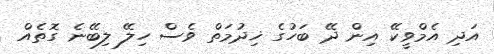
އަދި އެމްވީކޭ އިން ދޭ ބަހުގެ ޚިދުމަތް ވެސް ހިލޭ ލިބޭނެ ގޮތެއް